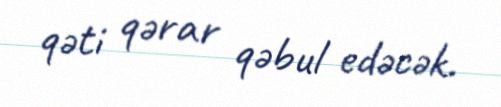
qəti qərar qəbul edəcək.